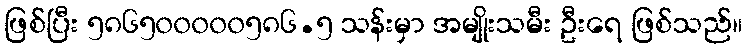
ဖြစ်ပြီး ၅၈၆၅၀၀၀၀၀၅၈၆.၅ သန်းမှာ အမျိုးသမီး ဦးရေ ဖြစ်သည်။